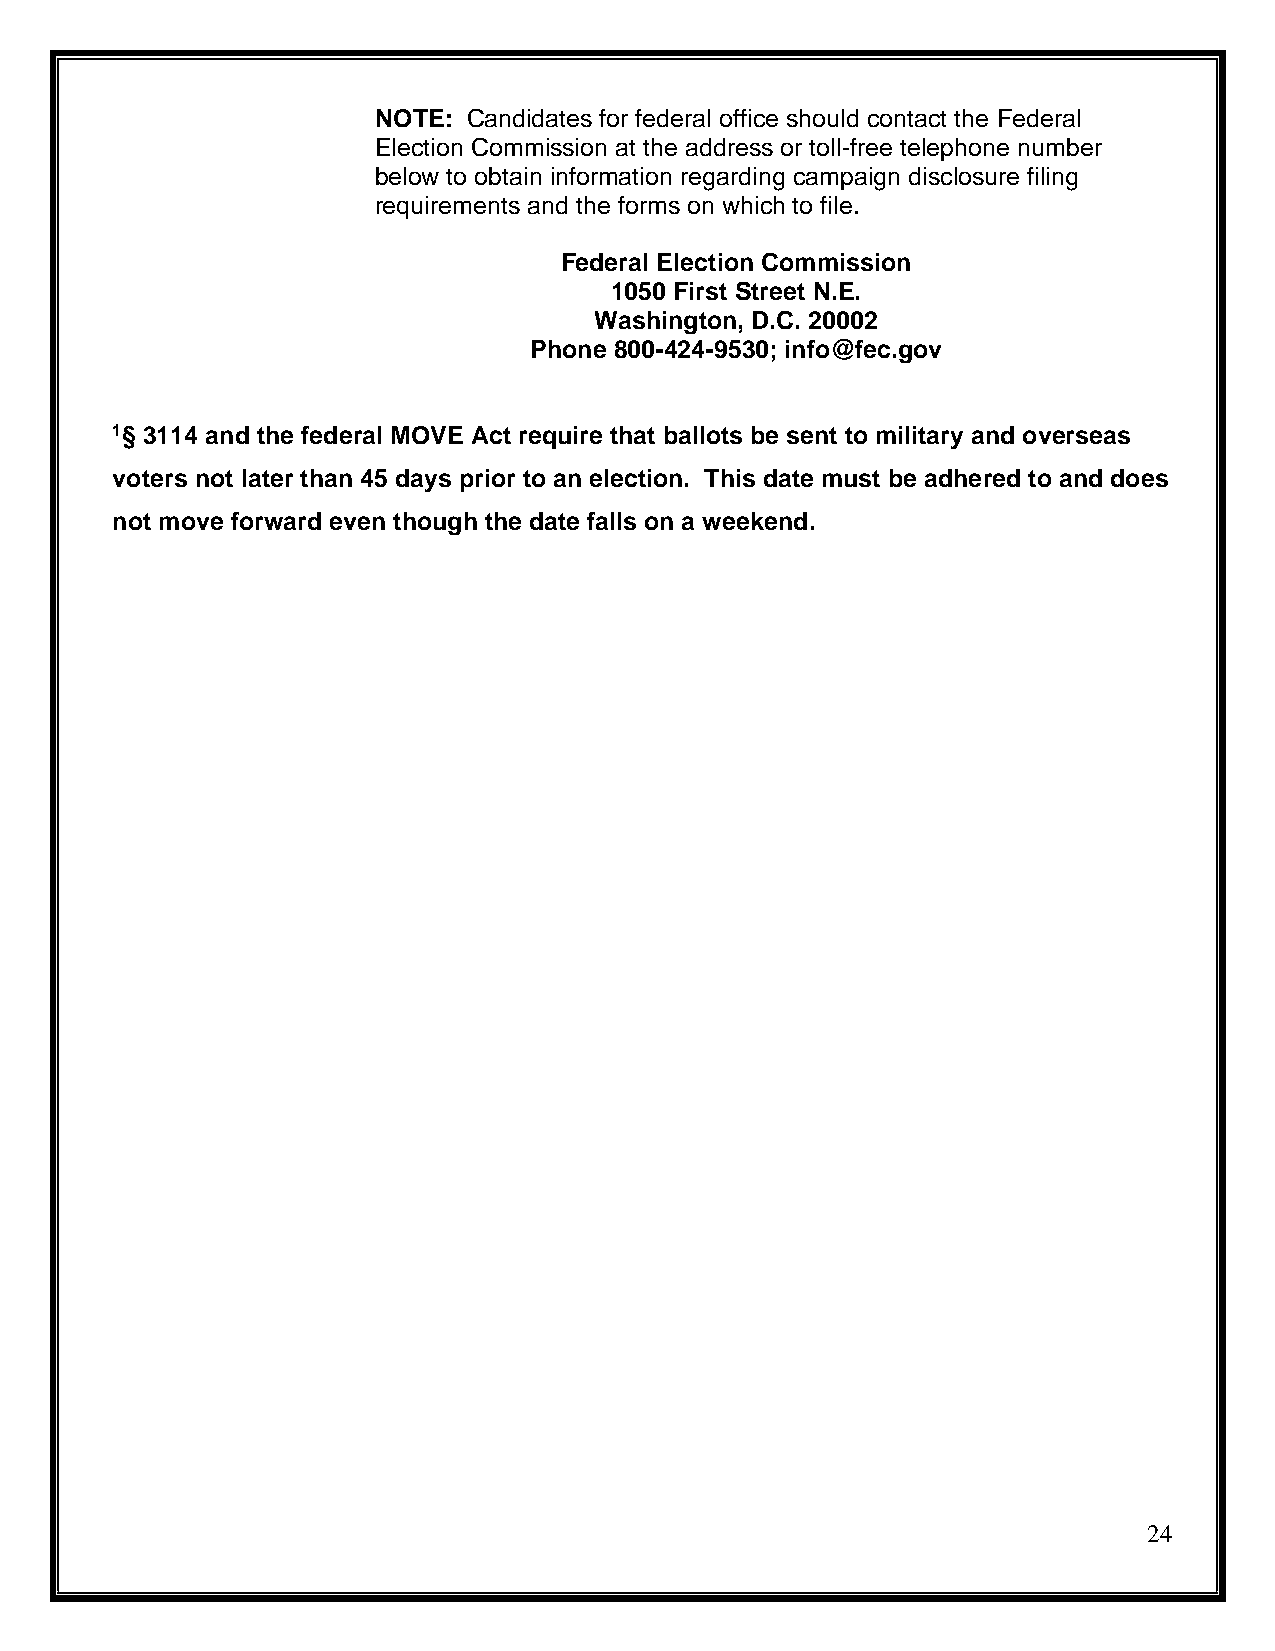
NOTE: Candidates for federal office should contact the Federal
 Election Commission at the address or toll-free telephone number
 below to obtain information regarding campaign disclosure filing
 requirements and the forms on which to file.
 Federal Election Commission
 1050 First Street N.E.
 Washington, D.C. 20002
 Phone 800-424-9530; info@fec.gov
 1§ 3114 and the federal MOVE Act require that ballots be sent to military and overseas
 voters not later than 45 days prior to an election. This date must be adhered to and does
 not move forward even though the date falls on a weekend.
 24